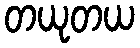
တယုတယ